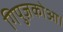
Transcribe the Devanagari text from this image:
गिपुज़कोआ।